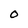
Character: O